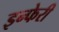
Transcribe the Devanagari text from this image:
इन्फेरी